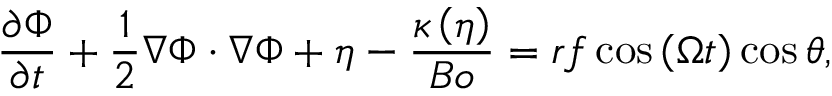
\frac { \partial \Phi } { \partial t } + \frac { 1 } { 2 } \nabla \Phi \cdot \nabla \Phi + \eta - \frac { \kappa \left( \eta \right) } { B o } = r f \cos { \left( \Omega t \right) } \cos { \theta } ,